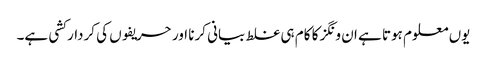
یوں معلوم ہوتا ہے ان ونگز کا کام ہی غلط بیانی کرنا اور حریفوں کی کردار کشی ہے۔